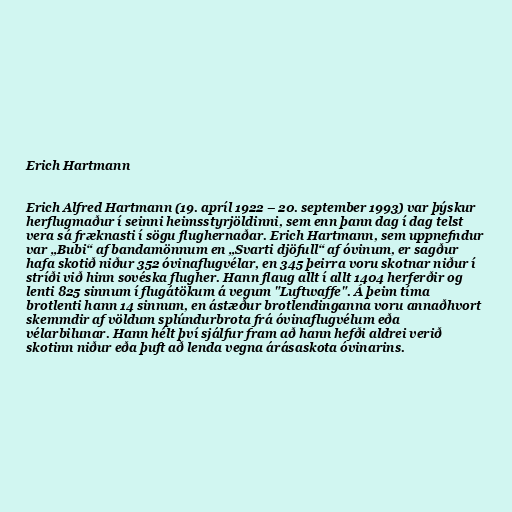
Erich Hartmann

Erich Alfred Hartmann (19. apríl 1922 – 20. september 1993) var þýskur
herflugmaður í seinni heimsstyrjöldinni, sem enn þann dag í dag telst
vera sá fræknasti í sögu flughernaðar. Erich Hartmann, sem uppnefndur
var „Bubi“ af bandamönnum en „Svarti djöfull“ af óvinum, er sagður
hafa skotið niður 352 óvinaflugvélar, en 345 þeirra voru skotnar niður í
stríði við hinn sovéska flugher. Hann flaug allt í allt 1404 herferðir og
lenti 825 sinnum í flugátökum á vegum "Luftwaffe". Á þeim tíma
brotlenti hann 14 sinnum, en ástæður brotlendinganna voru annaðhvort
skemmdir af völdum splúndurbrota frá óvinaflugvélum eða
vélarbilunar. Hann hélt því sjálfur fram að hann hefði aldrei verið
skotinn niður eða þuft að lenda vegna árásaskota óvinarins.